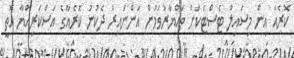
ކޮރެއާ އިން މިސައިލް ޓެސްޓަކަށް ތައްޔާރުވަމުން އަންނައިރު ދެކުނު ކޮރެއާގެ އަސްކަރިއްޔާ އޮތީ